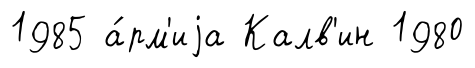
1985 а́рм'иjа Калв'ин 1980